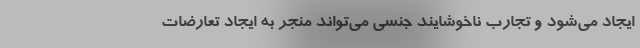
ایجاد می‌شود و تجارب ناخوشایند جنسی می‌تواند منجر به ایجاد تعارضات